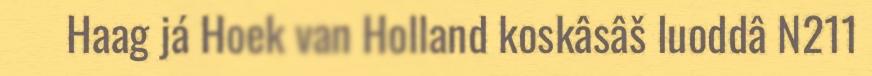
Haag já Hoek van Holland koskâsâš luoddâ N211